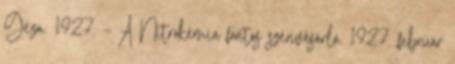
Géza. 1927. – A Nitrokémia fontos szénvásárló. 1927. február